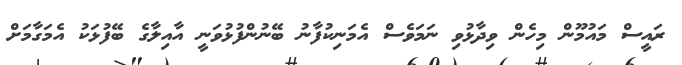
ރައީސް މައުމޫން މިހެން ވިދާޅުވި ނަމަވެސް އެމަނިކުފާނު ބޭނުންފުޅުވަނީ އާއިލާގެ ބޭފުޅަކު އެމަގާމަށް